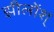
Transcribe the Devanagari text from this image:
झीलोंश्